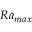
R a _ { m a x }